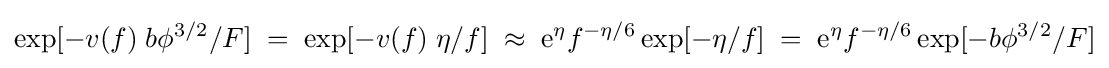
\exp[-v(f)\;b{\phi }^{3/2}/F]\;=\;\exp[-v(f)\;\eta /f]\;\approx \;{\mathrm {e} }^{\eta }f^{-\eta /6}\exp[-\eta /f]\;=\;{\mathrm {e} }^{\eta }f^{-\eta /6}\exp[-b{\phi }^{3/2}/F]